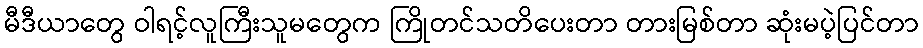
မီဒီယာတွေ ဝါရင့်လူကြီးသူမတွေက ကြိုတင်သတိပေးတာ တားမြစ်တာ ဆုံးမပဲ့ပြင်တာ